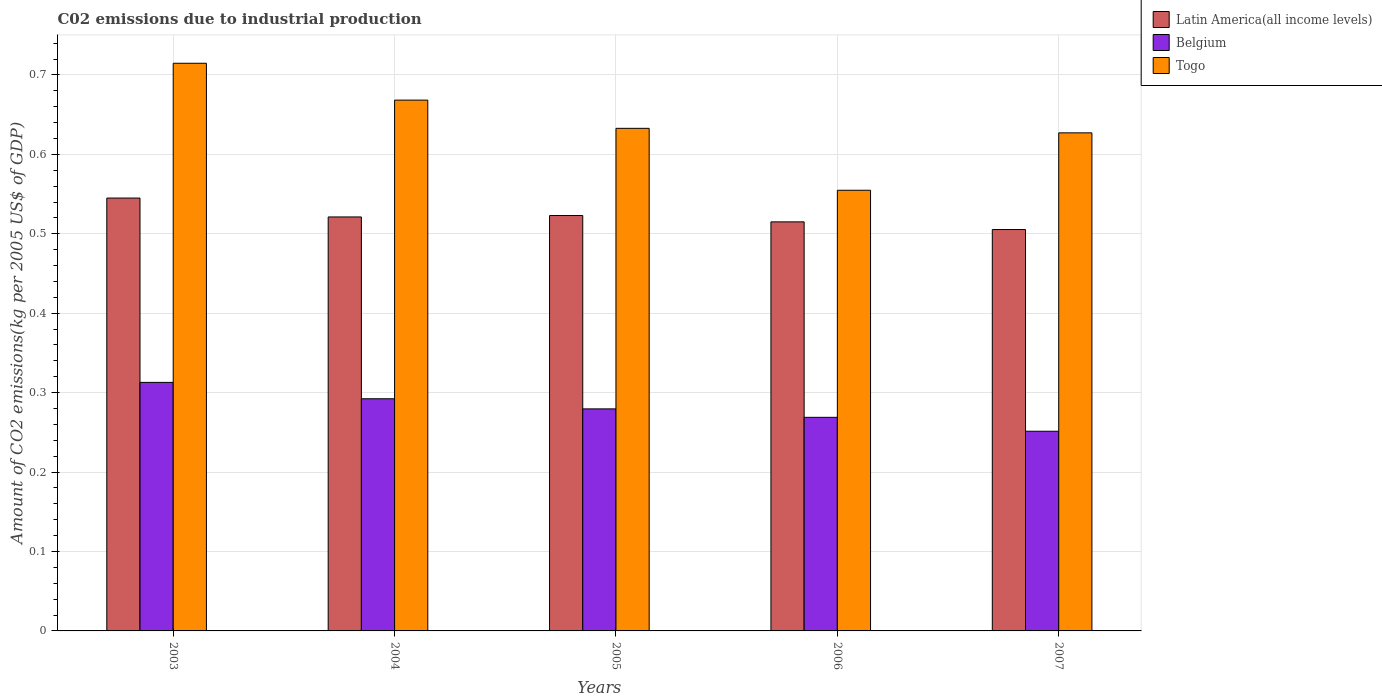
| Years | Latin America(all income levels) | Belgium | Togo |
 | --- | --- | --- | --- |
 | 2003 | 0.545 | 0.313 | 0.715 |
 | 2004 | 0.521 | 0.292 | 0.668 |
 | 2005 | 0.523 | 0.28 | 0.633 |
 | 2006 | 0.515 | 0.269 | 0.555 |
 | 2007 | 0.505 | 0.251 | 0.627 |